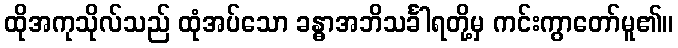
ထိုအကုသိုလ်သည် ထုံအပ်သော ခန္ဓာအဘိသင်္ခါရတို့မှ ကင်းကွာတော်မူ၏။